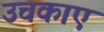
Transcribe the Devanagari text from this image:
उचकाए